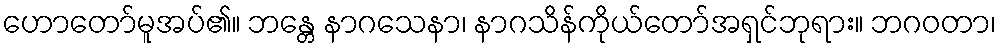
ဟောတော်မူအပ်၏။ ဘန္တေ နာဂသေနာ၊ နာဂသိန်ကိုယ်တော်အရှင်ဘုရား။ ဘဂဝတာ၊